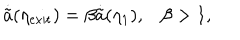
\dot { \tilde { a } } ( \eta _ { \mathrm { e x i t } } ) = \beta \dot { \tilde { a } } ( \eta _ { 1 } ) , \beta > 1 ,